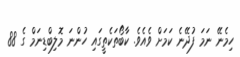
ހިމެނޭ ނަމަ ފުދޭނެ ކަމަށް ވެއެވެ. ކާބޯތަކެތީގައި ހުންނަ މޮލިބްޑިނަމް ގެ 88